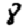
Digit: 8